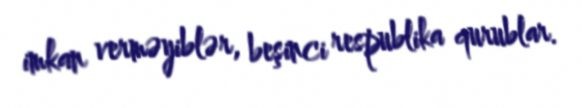
imkan verməyiblər, beşinci respublika qurublar.